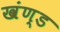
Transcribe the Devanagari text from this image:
खंण्ड